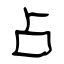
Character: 占